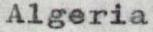
Algeria